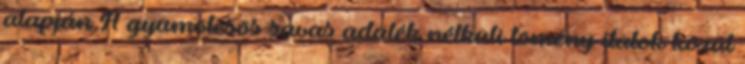
alapján A gyümölcsös savas adalék nélküli tömény italok közül